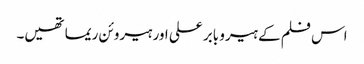
اس فلم کے ہیرو بابر علی اور ہیروئن ریما تھیں۔